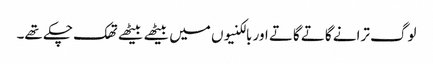
لوگ ترانے گاتے گاتے اور بالکنیوں میں بیٹھے بیٹھے تھک چکے تھے۔